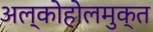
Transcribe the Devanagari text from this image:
अल्कोहोलमुक्त